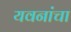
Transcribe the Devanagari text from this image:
यवनांचा